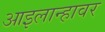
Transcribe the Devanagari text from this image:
आइलान्हावर